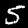
Label: 5